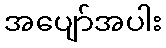
အပျော်အပါး